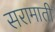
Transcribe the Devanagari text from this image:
सरामाती